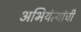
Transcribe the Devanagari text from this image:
अभियंत्यांची